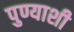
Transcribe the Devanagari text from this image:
पुण्याशी